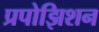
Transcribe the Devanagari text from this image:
प्रपोझिशन